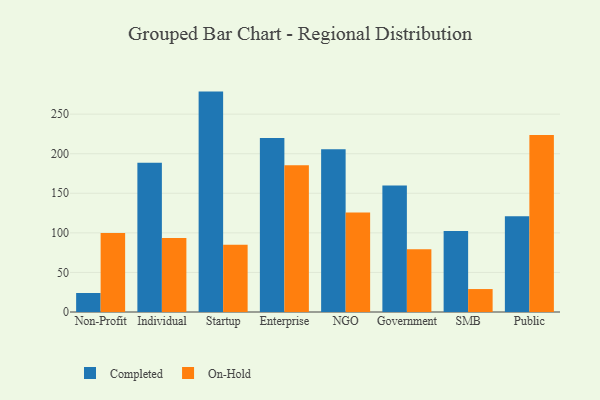
{"axis": {"x": "Segment", "y": "Production Output"}, "legend": ["Completed", "On-Hold"], "data": [{"x": "Non-Profit", "y": 24.0, "type": "Completed"}, {"x": "Non-Profit", "y": 99.7, "type": "On-Hold"}, {"x": "Individual", "y": 188.5, "type": "Completed"}, {"x": "Individual", "y": 93.6, "type": "On-Hold"}, {"x": "Startup", "y": 278.5, "type": "Completed"}, {"x": "Startup", "y": 85.1, "type": "On-Hold"}, {"x": "Enterprise", "y": 219.8, "type": "Completed"}, {"x": "Enterprise", "y": 185.5, "type": "On-Hold"}, {"x": "NGO", "y": 205.6, "type": "Completed"}, {"x": "NGO", "y": 125.6, "type": "On-Hold"}, {"x": "Government", "y": 160.0, "type": "Completed"}, {"x": "Government", "y": 79.2, "type": "On-Hold"}, {"x": "SMB", "y": 102.5, "type": "Completed"}, {"x": "SMB", "y": 29.0, "type": "On-Hold"}, {"x": "Public", "y": 121.1, "type": "Completed"}, {"x": "Public", "y": 223.6, "type": "On-Hold"}]}